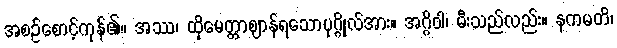
အစဉ်စောင့်ကုန်၏။ အဿ၊ ထိုမေတ္တာဈာန်ရသောပုဂ္ဂိုလ်အား။ အဂ္ဂိဝါ၊ မီးသည်လည်း။ နကမတိ၊